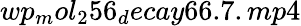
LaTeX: wp_{m}ol_{2}56_{d}ecay66.7.mp4